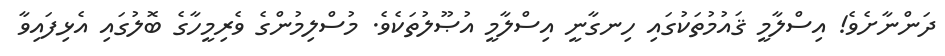
ދަންނާށެވެ! އިސްލާމީ ޤައުމުތަކުގައި ހިނގާނީ އިސްލާމީ އުޞޫލުތަކެވެ. މުސްލިމުންގެ ވެރިމީހާގެ ބޮލުގައި އެޅިފައިވާ